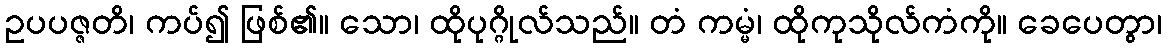
ဥပပဇ္ဇတိ၊ ကပ်၍ ဖြစ်၏။ သော၊ ထိုပုဂ္ဂိုလ်သည်။ တံ ကမ္မံ၊ ထိုကုသိုလ်ကံကို။ ခေပေတွာ၊